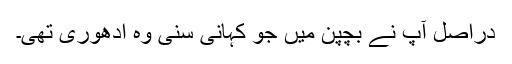
دراصل آپ نے بچپن میں جو کہانی سنی وہ ادھوری تھی۔